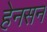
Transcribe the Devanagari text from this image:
हेनसन